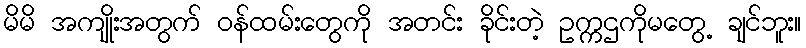
မိမိ အကျိုးအတွက် ဝန်ထမ်းတွေကို အတင်း ခိုင်းတဲ့ ဥက္ကဌကိုမတွေ့ ချင်ဘူး။